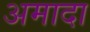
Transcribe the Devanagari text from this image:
अमादा